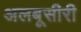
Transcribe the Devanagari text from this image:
अलबूसीरी